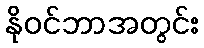
နိုဝင်ဘာအတွင်း